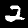
Digit: 2